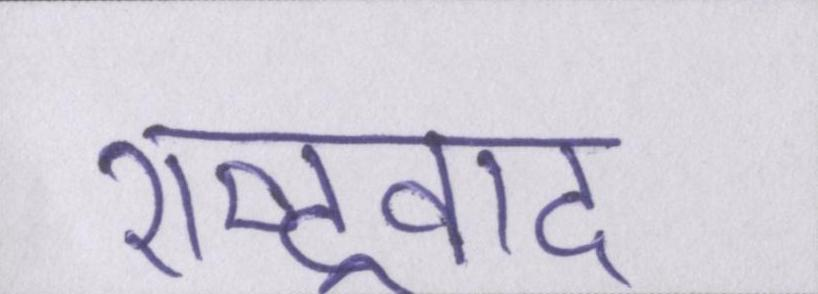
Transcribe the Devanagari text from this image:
राष्ट्रवाद